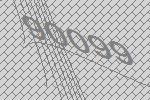
90099